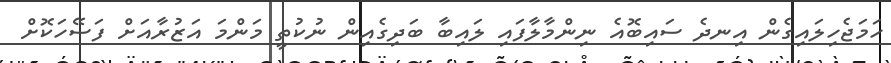
ހަމަޖެހިލައިގެން އިނދެ ސައިބޮއެ ނިންމާލާފައި ލައިބާ ބަދިގެއިން ނުކުތީ މަންމަ އަޒުރާއަށް ފަސޭހަކޮށް